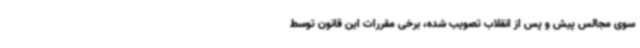
سوی مجالس پیش و پس از انقلاب تصویب شده، برخی مقررات این قانون توسط